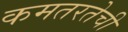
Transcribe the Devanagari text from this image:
कमतरतेची